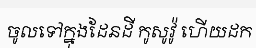
ចូលទៅក្នុងដែនដី កូសូវ៉ូ ហើយដក